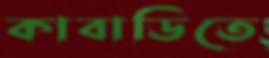
কাবাডিতে